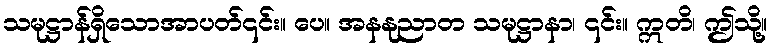
သမုဋ္ဌာန်ရှိသောအာပတ်၎င်း။ ပေ။ အနနုညာတ သမုဋ္ဌာနာ၊ ၎င်း။ ဣတိ၊ ဤသို့။